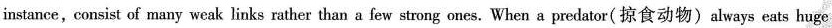
instance,consist of many weak links rather than a few strong ones. When a predator(掠食动物)always eats huge